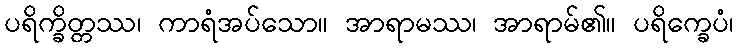
ပရိက္ခိတ္တဿ၊ ကာရံအပ်သော။ အာရာမဿ၊ အာရာမ်၏။ ပရိက္ခေပံ၊